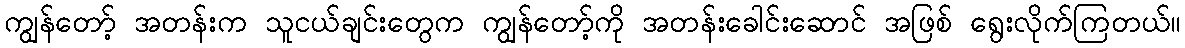
ကျွန်တော့် အတန်းက သူငယ်ချင်းတွေက ကျွန်တော့်ကို အတန်းခေါင်းဆောင် အဖြစ် ရွေးလိုက်ကြတယ်။